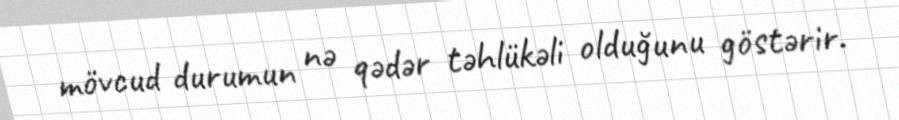
mövcud durumun nə qədər təhlükəli olduğunu göstərir.